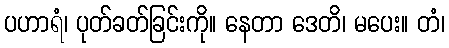
ပဟာရံ၊ ပုတ်ခတ်ခြင်းကို။ နေတာ ဒေတိ၊ မပေး။ တံ၊